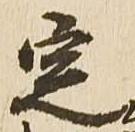
定